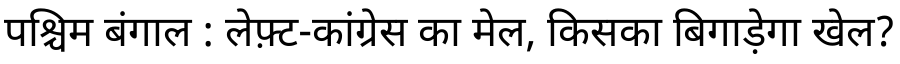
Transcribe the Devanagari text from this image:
पश्चिम बंगाल : लेफ़्ट-कांग्रेस का मेल, किसका बिगाड़ेगा खेल?